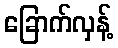
ခြောက်လှန့်